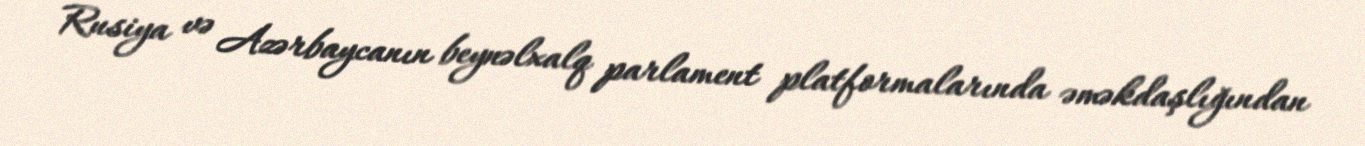
Rusiya və Azərbaycanın beynəlxalq parlament platformalarında əməkdaşlığından